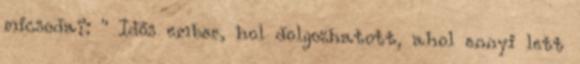
micsoda?: " Idős ember, hol dolgozhatott, ahol ennyi lett